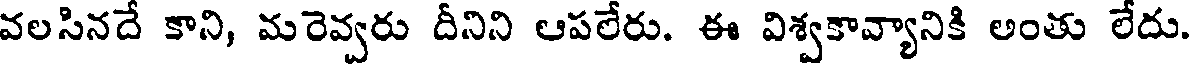
వలసినదే కాని, మరెవ్వరు దీనిని ఆపలేరు. ఈ విశ్వకావ్యానికి అంతు లేదు.